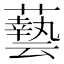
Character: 𮒛